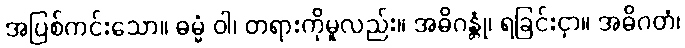
အပြစ်ကင်းသော။ ဓမ္မံ ဝါ၊ တရားကိုမူလည်း။ အဓိဂန္တုံ၊ ရခြင်းငှာ။ အဓိဂတံ၊